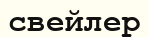
свейлер